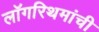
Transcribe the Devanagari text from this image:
लॉगरिथमांची